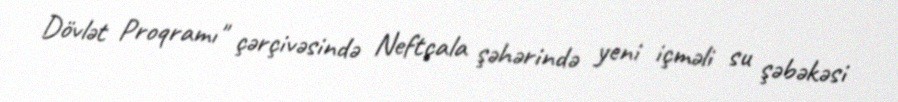
Dövlət Proqramı" çərçivəsində Neftçala şəhərində yeni içməli su şəbəkəsi